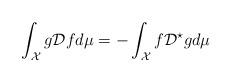
LaTeX: \begin{align*} \int_{\mathcal{X}} g \mathcal{D}f d\mu = - \int_{\mathcal{X}} f \mathcal{D}^{\star}g d\mu\end{align*}